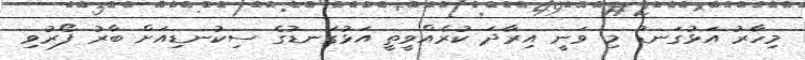
މިހާރު އަޅުގަނޑު މި ވަނީ އިރާދަ ކުރެއްވީތީ އަޅުގަނޑުގެ ސިކުނޑިއަށް ބާރު ފޯރުވި